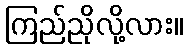
ကြည်ညိုလို့လား။